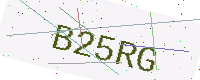
Text: B25RG